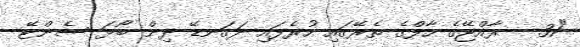
"31 - ރާއްޖޭގެ ހާފްގެ ތެރޭގައި ހުރެފައި ދަގަނޑޭ ދިން ބޯޅަ ސެންޓޭ